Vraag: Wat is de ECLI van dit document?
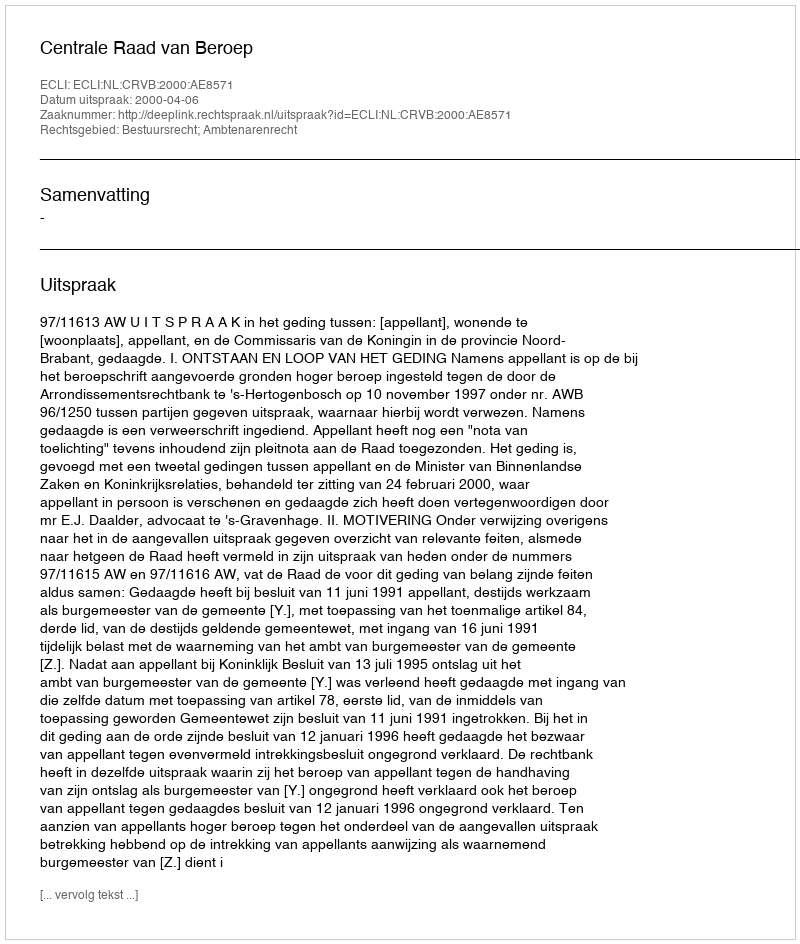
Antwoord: ECLI:NL:CRVB:2000:AE8571